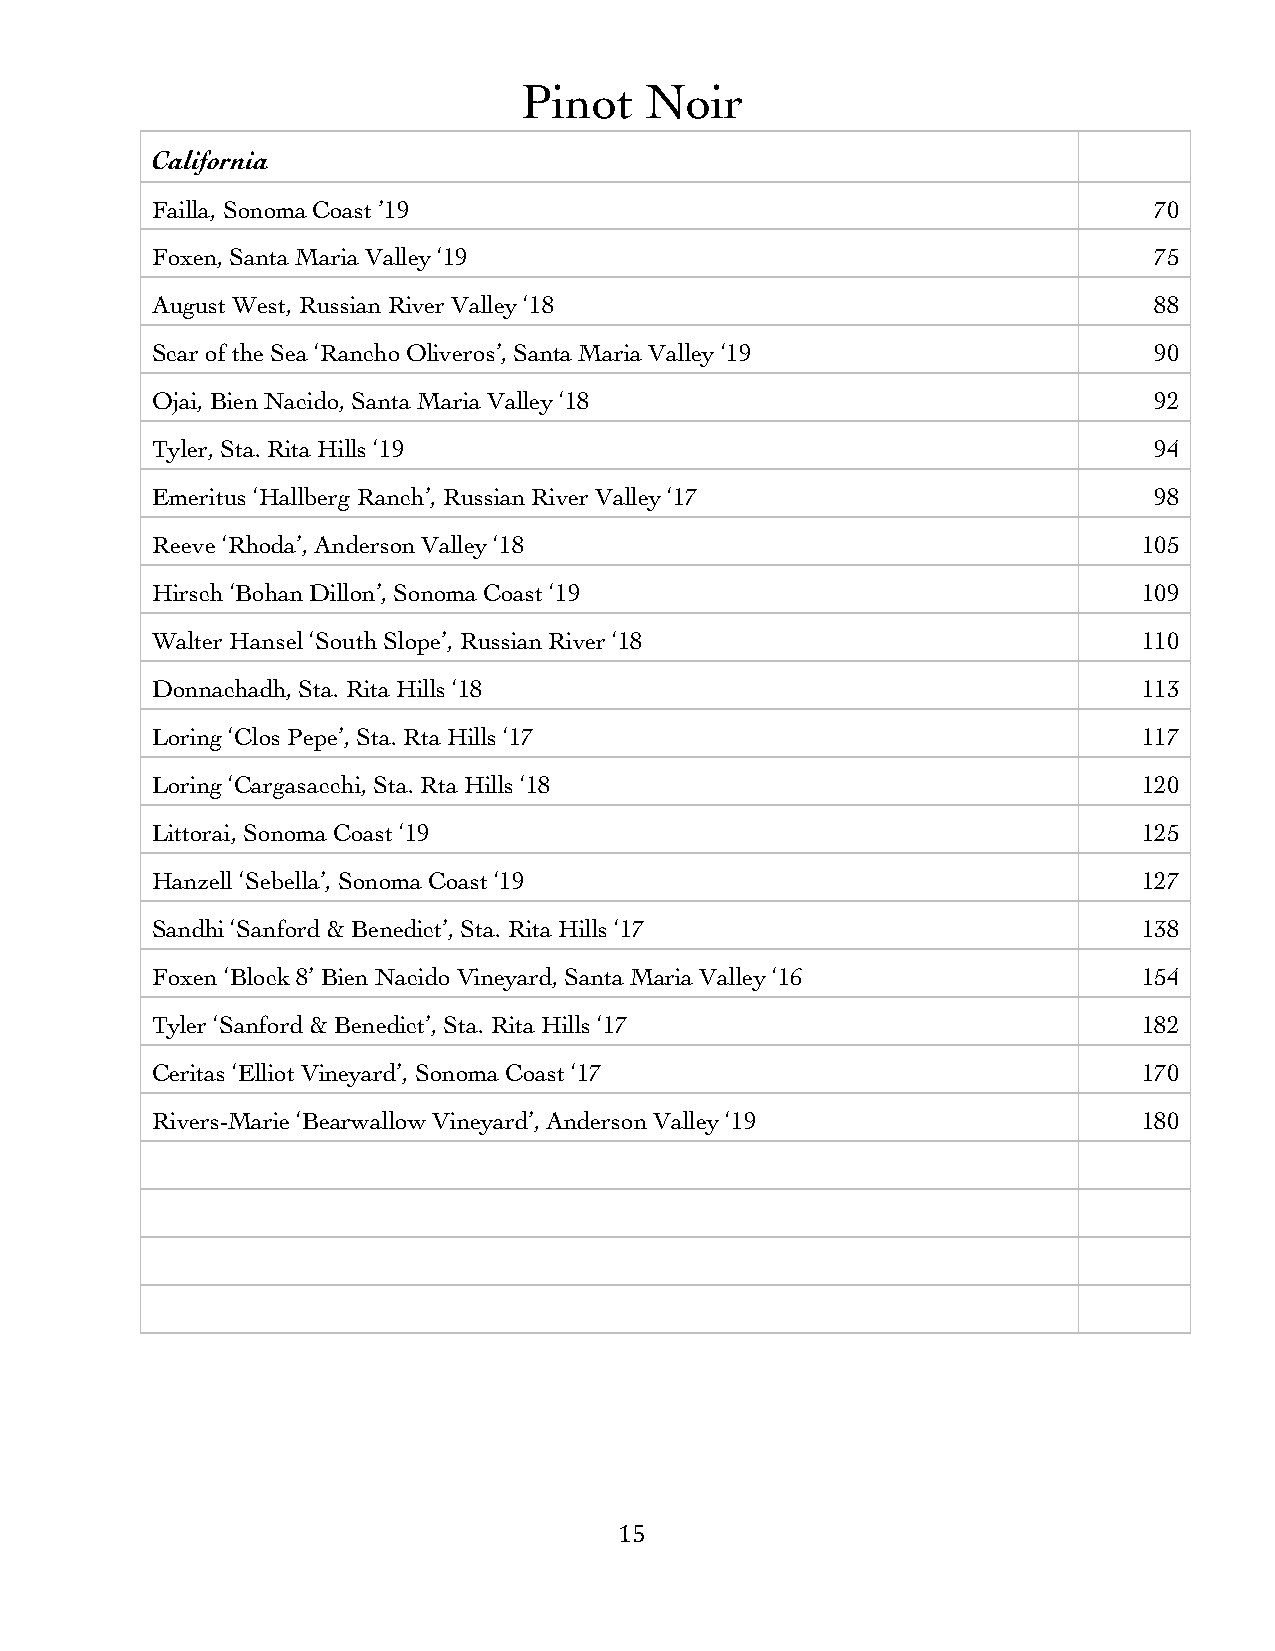
Pinot    Noir
 California
 Failla, Sonoma Coast ’19                                          70
 Foxen, Santa Maria Valley ‘19                                     75
 August West, Russian River Valley ‘18                             88
 Scar of the Sea ‘Rancho Oliveros’, Santa Maria Valley ‘19         90
 Ojai, Bien Nacido, Santa Maria Valley ‘18                         92
 Tyler, Sta. Rita Hills ‘19                                        94
 Emeritus ‘Hallberg Ranch’, Russian River Valley ‘17               98
 Reeve ‘Rhoda’, Anderson Valley ‘18                                105
 Hirsch ‘Bohan Dillon’, Sonoma Coast ‘19                           109
 Walter Hansel ‘South Slope’, Russian River ‘18                    110
 Donnachadh, Sta. Rita Hills ‘18                                   113
 Loring ‘Clos Pepe’, Sta. Rta Hills ‘17                            117
 Loring ‘Cargasacchi, Sta. Rta Hills ‘18                           120
 Littorai, Sonoma Coast ‘19                                        125
 Hanzell ‘Sebella’, Sonoma Coast ‘19                               127
 Sandhi ‘Sanford & Benedict’, Sta. Rita Hills ‘17                  138
 Foxen ‘Block 8’ Bien Nacido Vineyard, Santa Maria Valley ‘16      154
 Tyler ‘Sanford & Benedict’, Sta. Rita Hills ‘17                   182
 Ceritas ‘Elliot Vineyard’, Sonoma Coast ‘17                       170
 Rivers-Marie ‘Bearwallow Vineyard’, Anderson Valley ‘19           180
 15